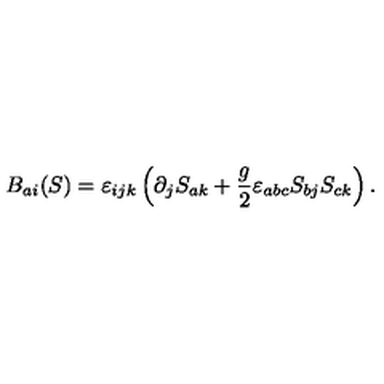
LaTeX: B _ { a i } ( S ) = \varepsilon _ { i j k } \left( \partial _ { j } S _ { a k } + \frac { g } { 2 } \varepsilon _ { a b c } S _ { b j } S _ { c k } \right) .